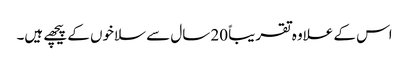
اس کے علاوہ تقریباً 20 سال سے سلاخوں کے پیچھے ہیں۔